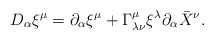
\begin{align*}D_\alpha \xi^\mu = \partial_\alpha \xi^\mu +\Gamma^\mu _{\lambda\nu}\xi^\lambda \partial_\alpha \bar{X}^\nu .\end{align*}